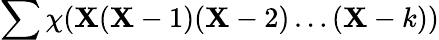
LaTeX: \sum\chi(\mathbf{X}(\mathbf{X}-1)(\mathbf{X}-2)\ldots(\mathbf{X}-k))